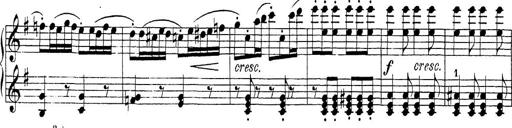
Title: Sonatina Album
Composer: Louis KÃ¶hler